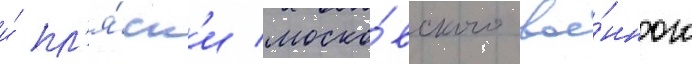
и́ пл'я́ск'и моско́вского вое́нного